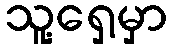
သူ့ရှေ့မှာ